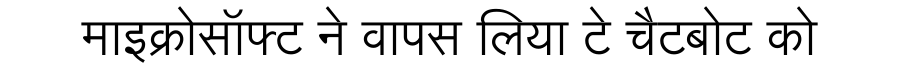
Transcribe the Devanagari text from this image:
माइक्रोसॉफ्ट ने वापस लिया टे चैटबोट को